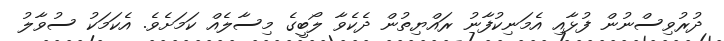
ދުރުވިސްނުން ފުޅާއި އެމަނިކުފާނު ރައްޔިތުން ދެކެވާ ލޯބީގެ މިސާލެއް ކަމަށެވެ. އެކަމަކު ސުވާލު